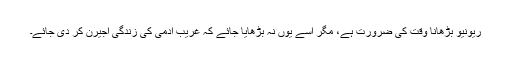
ریونیو بڑھانا وقت کی ضرورت ہے، مگر اسے یوں نہ بڑھایا جائے کہ غریب آدمی کی زندگی اجیرن کر دی جائے۔